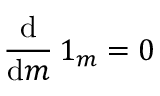
{ \frac { \mathrm { d } } { \mathrm { d } m } } \, 1 _ { m } = 0